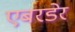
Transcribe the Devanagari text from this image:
एबरडेर